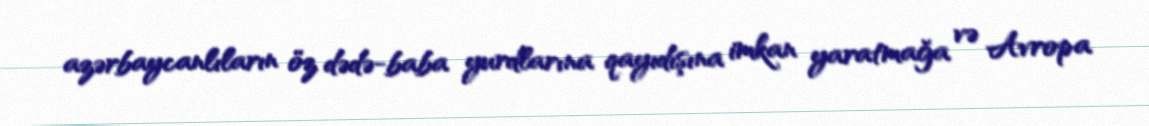
azərbaycanlıların öz dədə-baba yurdlarına qayıdışına imkan yaratmağa və Avropa